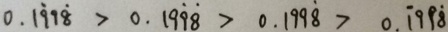
0 . 1 \dot { 9 } 9 \dot { 8 } > 0 . 1 9 \dot { 9 } \dot { 8 } > 0 . 1 9 9 \dot { 8 } > 0 . \dot { 1 } 9 9 \dot { 8 }